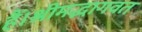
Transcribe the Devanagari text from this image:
हैं।श्रीमद्भागवत